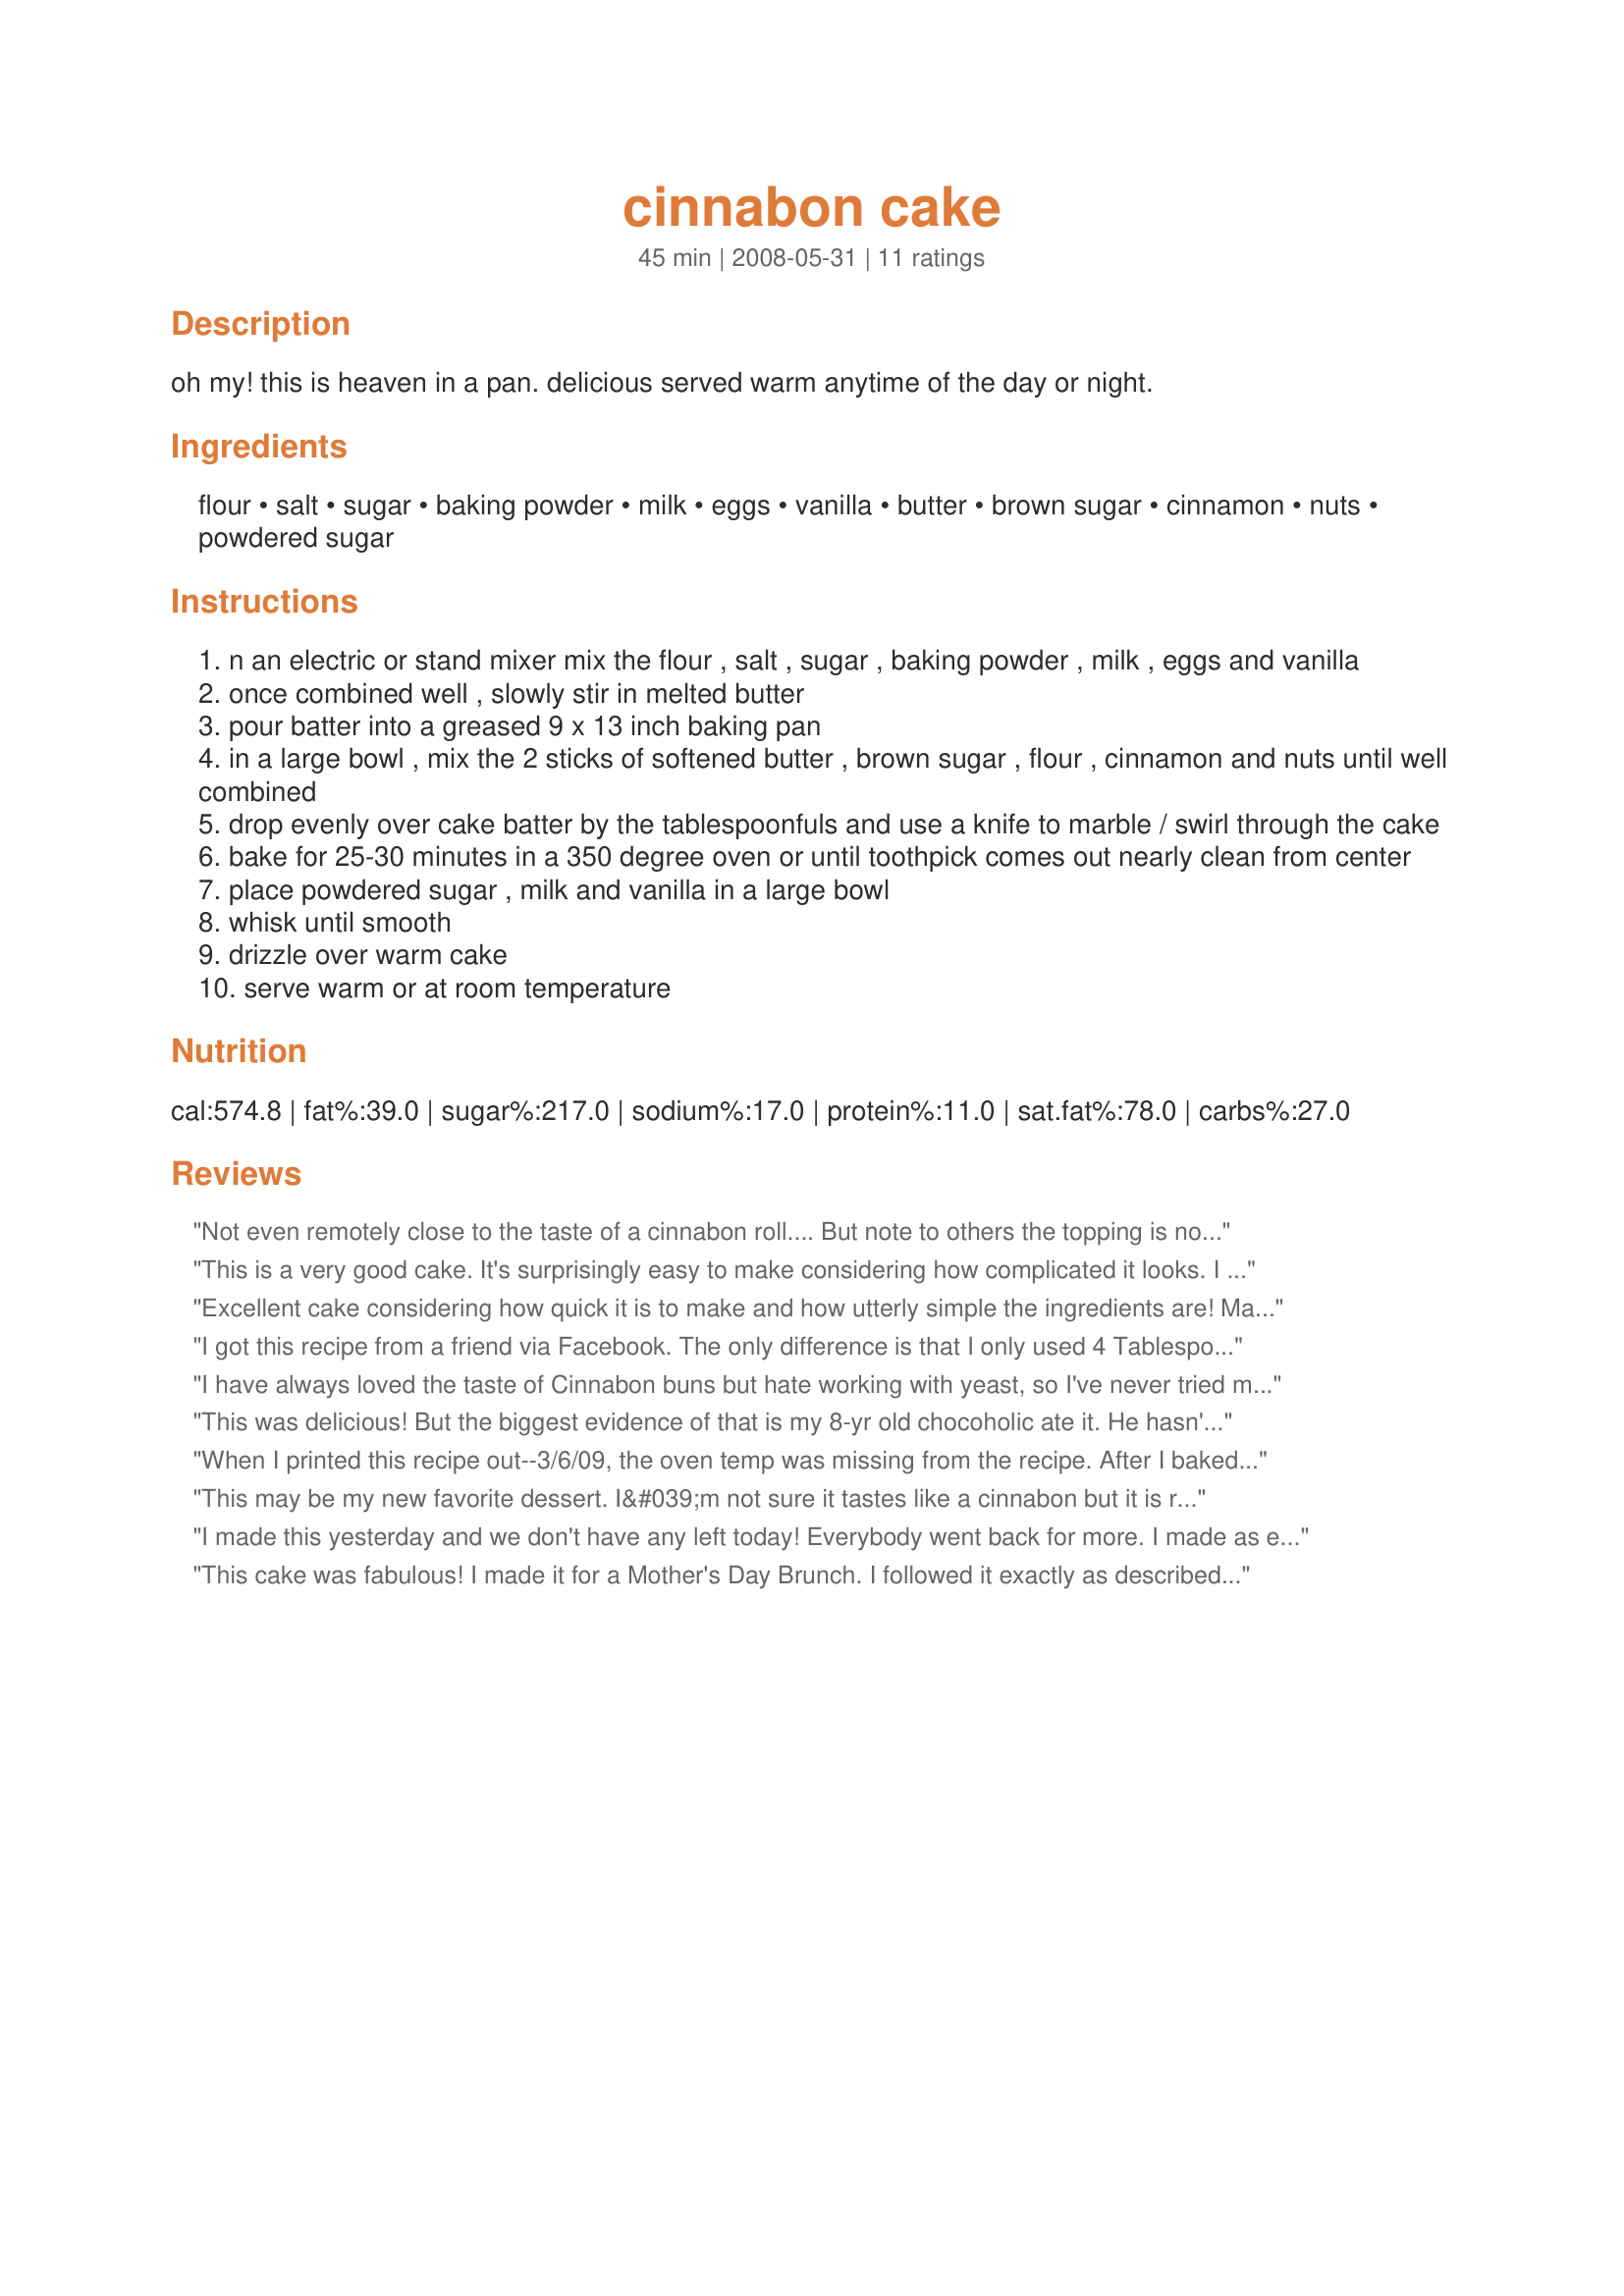
cinnabon cake
Preparation time: 45 minutes

oh my! this is heaven in a pan. delicious served warm anytime of the day or night.

Ingredients:
flour, salt, sugar, baking powder, milk, eggs, vanilla, butter, brown sugar, cinnamon, nuts, powdered sugar

Steps:
n an electric or stand mixer mix the flour , salt , sugar , baking powder , milk , eggs and vanilla
once combined well , slowly stir in melted butter
pour batter into a greased 9 x 13 inch baking pan
in a large bowl , mix the 2 sticks of softened butter , brown sugar , flour , cinnamon and nuts until well combined
drop evenly over cake batter by the tablespoonfuls and use a knife to marble / swirl through the cake
bake for 25-30 minutes in a 350 degree oven or until toothpick comes out nearly clean from center
place powdered sugar , milk and vanilla in a large bowl
whisk until smooth
drizzle over warm cake
serve warm or at room temperature

Reviews:
Not even remotely close to the taste of a cinnabon roll....

But note to others the topping is not in the least bit runny. The butter is SOFTENED not melted.

Would not make again :-(
This is a very good cake. It's surprisingly easy to make considering how complicated it looks. I used the suggestion of pouring the cinnamon butter mixture on top and swirling in with a knife. I wish I'd swirled a little more, but the cake still came out well. I'm not sure it tastes like Cinnabon, but it's quite good. It's not overly sweet, but it's still a very rich cake (all that butter!) Next time I might make it with extra cinnamon as the cinnamon flavor isn't very strong. Also, my cooking time was about 37 or 38 minutes before it was done. This is a keeper, thanks!
Excellent cake considering how quick it is to make and how utterly simple the ingredients are! Made 1/2 recipe and baked in 9" silicon pan - was done (with a few crumbs sticking to the toothpick!) in 23 minutes. Thanks for sharing, will definitely make again!
I got this recipe from a friend via Facebook. The only difference is that I only used 4 Tablespoons of melted butter in the cake batter. And, the cake still turned out rich & moist & fluffy! Great cinnabon flavour!!
I have always loved the taste of Cinnabon buns but hate working with yeast, so I've never tried making the buns myself. Then I saw your recipe and decided to try it because it sounded easy and yummy. MY GOD it is GOOD. It wasn't too sweet. The cake was crispy (for lack of a better word) on top and so so soooo tender inside, totally melt-in-your-mouth, and the cinnamon butter swirl was caramel-y...I just took one bite and ran up to my laptop to write this review. My sister's still got her face in her serving, but she says "THANK YOU!!". I'm hoping they still taste decent when they're not warm.
This was delicious! But the biggest evidence of that is my 8-yr old chocoholic ate it. He hasn't eaten a non-chocolate cake in over 4 years! I didn't even ask him if he wanted some, he asked me! That's high praise Sassy! As for prep, it was easy to prepare. I baked at 350, but it took an additional 7 min in my oven. I will absolutely make this agains. Thanks for posting. Sue
When I printed this recipe out--3/6/09, the oven temp was missing from the recipe. After I baked for 30 minutes and the top was still jiggly, I quickly got on line to see if other reviewers had problems and I saw it had been revised to add oven temp of 350, which was what I used. Like another reviewer I had to bake 5-7 minutes longer and even so I wasn't sure because the top looked a little soft and I didn't know for sure what "when the toothpick comes out nearly clean" means. What is nearly clean? In spite of all this I served it warm to a group of 8 and we ate the WHOLE THING! Now I am comfortable with the recipe I will certainly make this again. Everyone will rave if you try it! Thanks for a great recipe.
This may be my new favorite dessert. I&#039;m not sure it tastes like a cinnabon but it is really good. I also like how it&#039;s made with ingredients I usually have on hand.
I made this yesterday and we don't have any left today! Everybody went back for more. I made as exactly as posted and wouldn't change one thing. So good. Totally awesome when it's still warm from the oven and almost as good at room temp with a hot cup of coffee. Thanks for posting, we love it.
This cake was fabulous! I made it for a Mother's Day Brunch. I followed it exactly as described. It takes about 35 to bake at 350 in my opinion. The cake batter is a little thick, so I used a spatula to spread it into the pan. Then cinnamon/butter mixture that gets swirled in...is actually very runny and liquidy. I poured it over the whole cake, then took a knife and swirled it in the thick batter pretty well...because that's where the cinnamon flavor is, so swirl a lot to get it mixed in every bite. It looked like it may not turn out with all that butter liquid in it and floating around, but it does! The only problem I had was with that icing recipe. My icing was brown from the vanilla and I could NOT get it white again no matter how much sugar and milk I added. I suggest very little vanilla or clear or powdered vanilla. I ended up using about 1.5 recipes of frosting to get it right and it was perfect. The icing tastes great and you want it thick, because there is no swirling it around, it'll need to cover the whole top of the cake. Great, excellent, marvelous tasting. My sister wants this for a birthday cake this year instead of regular cake! Great warm or cold...
My family and I did not enjoy this cake. Maybe we are just use to coffee cake and yeast dough.
